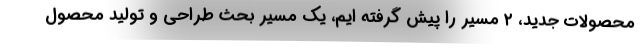
محصولات جدید، ۲ مسیر را پیش گرفته ایم، یک مسیر بحث طراحی و تولید محصول